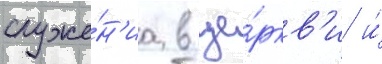
служе́н'иа в це́ркв'и и́